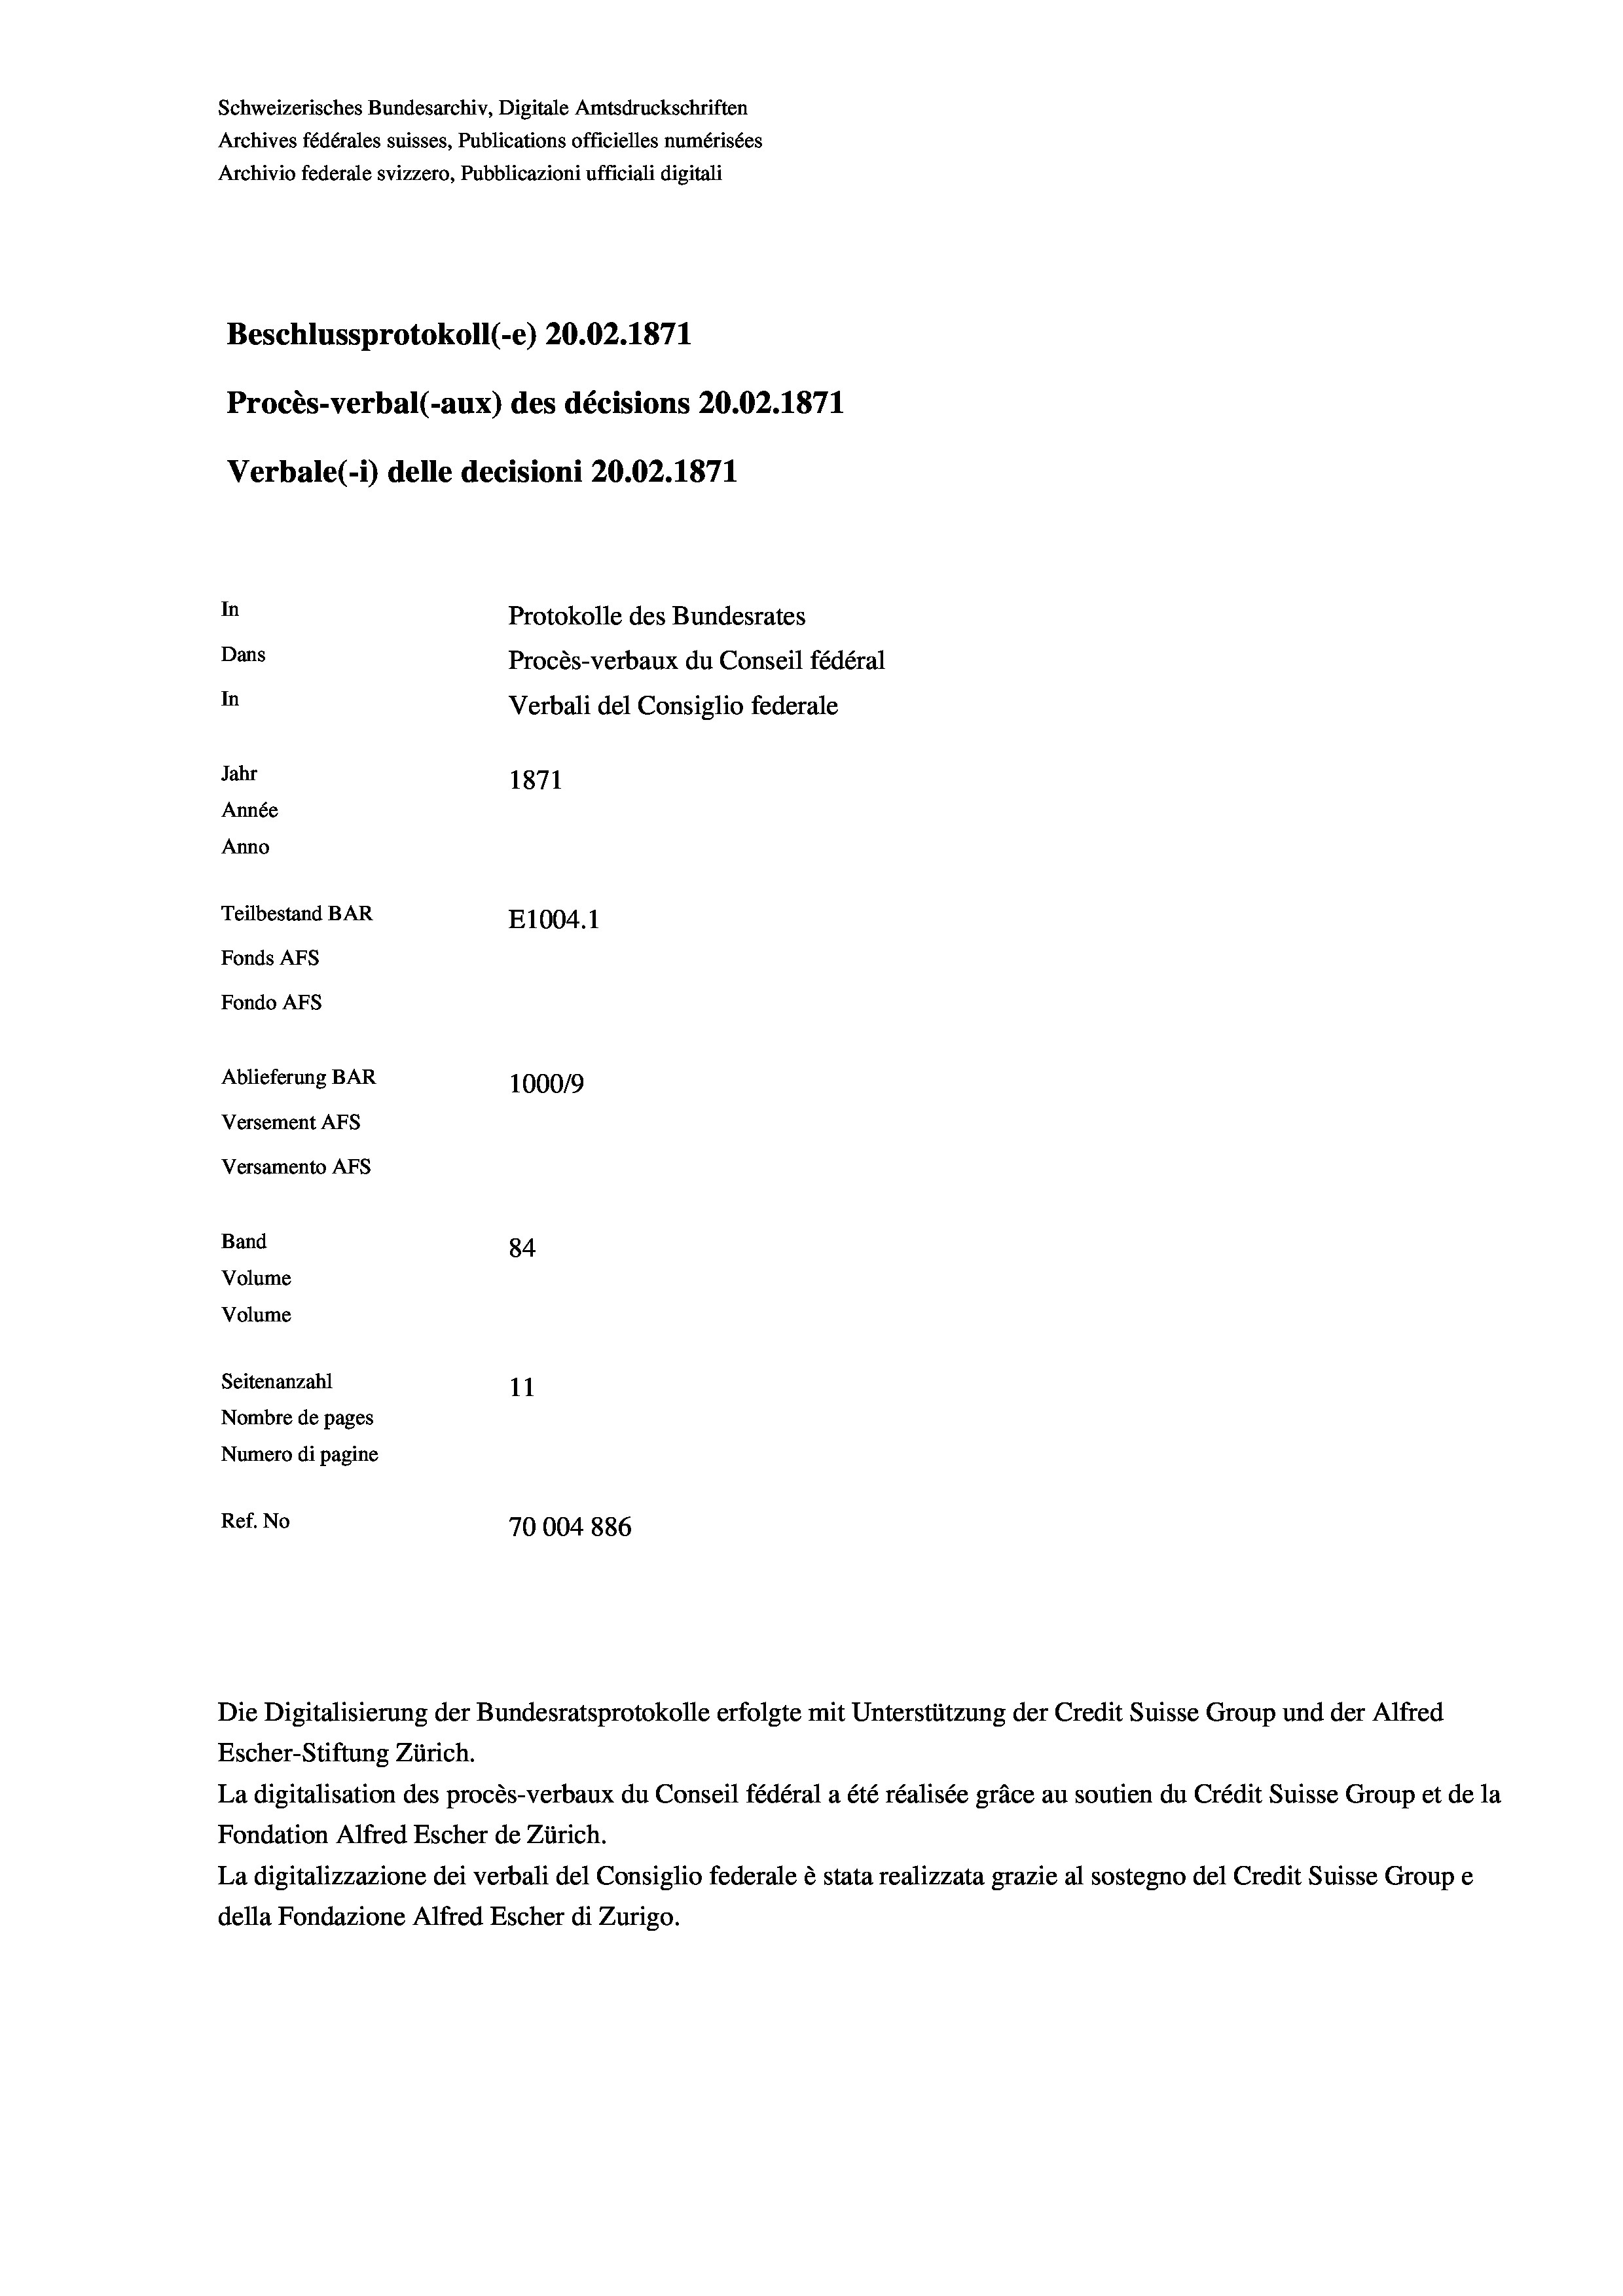
Schweizerisches Bundesarchiv, Digitale Amtsdruckschriften
Archives fédérales suisses, Publications officielles numérisées
Archivio federale svizzero, Pubblicazioni ufficiali digitali
Beschlussprotokoll (-e) 20.02. 1871
Procès-verbal (-aux) des décisions 20.02. 1871
Verbale (- 1) delle decisioni 20.02. 1871
In
Protokolle des Bundesrates
Dans
Procès-verbaux du Conseil fédéral
In
Verbali del Consiglio federale
Jahr
1871
Année
Anno
Teilbestand BAR
E1004.1
Fonds AFs
Fondo AFs
Ablieferung BAR
100019
Versement Abs
Versamento AFs
Band
84
Volume
Volume
Seitenanzahl
11
Nombre de pages
Numero di pagine
Ref. No
70004 886

Escher-Stiftung Zürich.
La digitalisation des procès-verbaux du Conseil fédéral a été réalisée gräce au soutien du Crédit Suisse Group et de la
Fondation Alfred Escher de Zürich.
La digitalizzazione dei verbali del Consiglio federale è stata realizzata grazie al sostegno del Credit Suisse Groupe
della Fondazione Alfred Escher di Zurigo.

Die Digitalisierung der Bundesratsprotokolle erfolgte mit Unterstützung der Credit Suisse Group und der Alfred